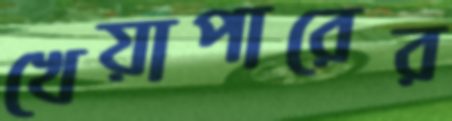
খেয়াপারের